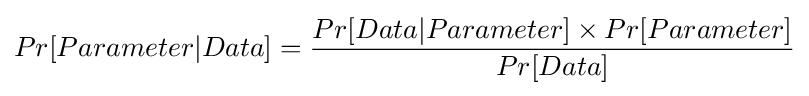
Pr[Parameter|Data]={\frac {Pr[Data|Parameter]\times Pr[Parameter]}{Pr[Data]}}